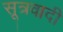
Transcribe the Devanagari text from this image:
सूत्रवादी